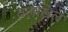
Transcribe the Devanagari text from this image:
वलखिल